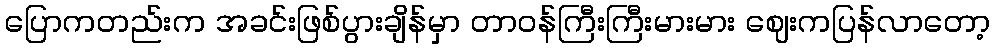
ပြောကတည်းက အခင်းဖြစ်ပွားချိန်မှာ တာဝန်ကြီးကြီးမားမား ဈေးကပြန်လာတော့